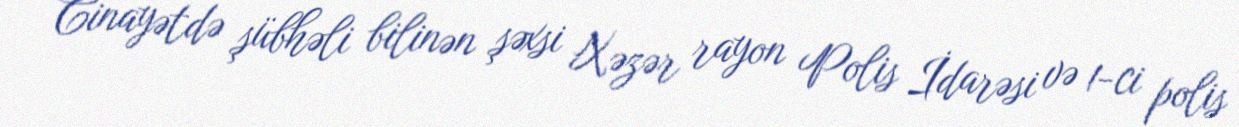
Cinayətdə şübhəli bilinən şəxsi Xəzər rayon Polis İdarəsi və 1-ci polis